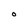
Character: O